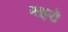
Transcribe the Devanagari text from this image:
मक़्ते